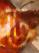
ড